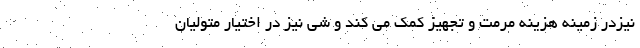
نیزدر زمینه هزینه مرمت و تجهیز کمک می کند و شی نیز در اختیار متولیان